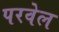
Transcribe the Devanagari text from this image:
परवेल